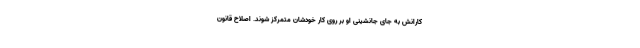
کارانش به جای جانشینی او بر روی کار خودشان متمرکز شوند. اصلاح قانون